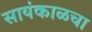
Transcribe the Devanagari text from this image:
सायंकाळचा